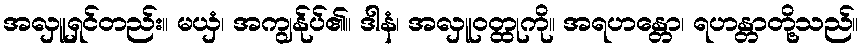
အလှူရှင်တည်း။ မယှံ၊ အကျွန်ုပ်၏။ ဒါနံ၊ အလှူဝတ္ထုကို။ အရဟန္တော၊ ရဟန္တာတို့သည်။